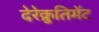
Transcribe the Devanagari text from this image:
देरेक्रुतिमेंट